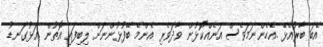
އެބަ ބާރުއެޅޭ .އެހެންނަމަވެސް އަނެއްކޮޅުން ވާދަވެރި އެންމެ ބޭފުޅުންނަށް ލިބިފައި އޮތުން .އަޅުގަނޑު